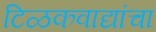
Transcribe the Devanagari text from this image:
टिळकवाद्यांचा